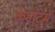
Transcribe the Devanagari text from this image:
कनॉट्स